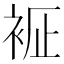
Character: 𧙼